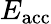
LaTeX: E_{\mathrm{acc}}